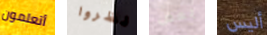
أتعلمون نظروا بعض أليس